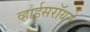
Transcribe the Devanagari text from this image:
व्हाईसरॉयने